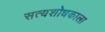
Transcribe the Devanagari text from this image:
सत्यशोधकाला